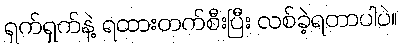
ရှက်ရှက်နဲ့ ရထားတက်စီးပြီး လစ်ခဲ့ရတာပါပဲ။